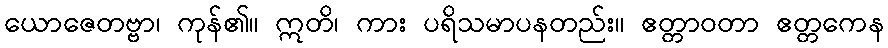
ယောဇေတဗ္ဗာ၊ ကုန်၏။ ဣတိ၊ ကား ပရိသမာပနတည်း။ ဧတ္တာဝတာ ဧတ္တကေန